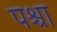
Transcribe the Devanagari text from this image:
पश्चा